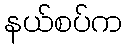
နယ်စပ်က